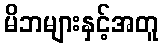
မိဘများနှင့်အတူ